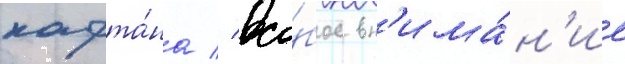
кафта́на // Осо́бое вн'има́н'ие